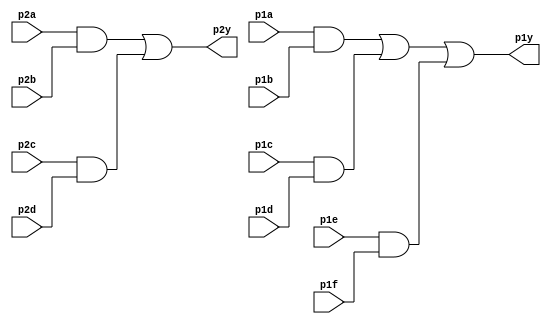
module top_module ( 
    input p1a, p1b, p1c, p1d, p1e, p1f,
    output p1y,
    input p2a, p2b, p2c, p2d,
    output p2y );

wire p1g, p1h, p1i, p1j;
wire p2e, p2f, p2g, p2h;

// AND gates
assign p1g = p1a & p1b;
assign p1h = p1c & p1d;
assign p1i = p1e & p1f;

assign p2e = p2a & p2b;
assign p2f = p2c & p2d;

// OR gates
assign p1j = p1g | p1h;
assign p1y = p1j | p1i;

assign p2g = p2e | p2f;
assign p2y = p2g;

endmodule